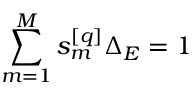
\sum _ { m = 1 } ^ { M } s _ { m } ^ { [ q ] } \Delta _ { E } = 1